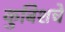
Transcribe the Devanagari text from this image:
कुबिशचे